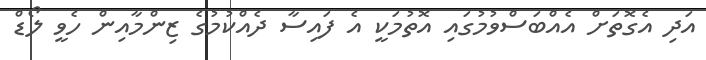
އަދި އެގޮތަށް އެއްބަސްވުމުގައި އޮތުމަކީ އެ ފައިސާ ދެއްކުމުގެ ޒިންމާއިން ހެވީ ލޯޑް